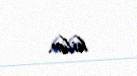
bilər.